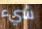
شيء